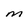
Character: M